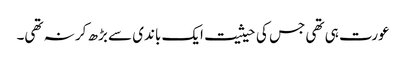
عورت ہی تھی جس کی حیثیت ایک باندی سے بڑھ کر نہ تھی۔